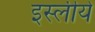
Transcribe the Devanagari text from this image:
इस्लीये